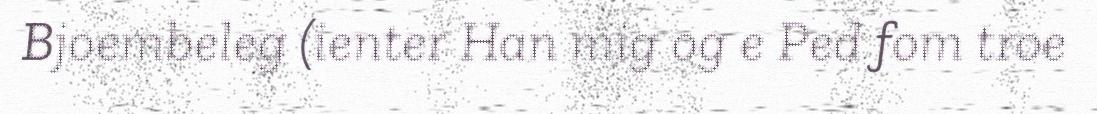
Bjoembeleg (ienter Han mig og e Ped fom troe